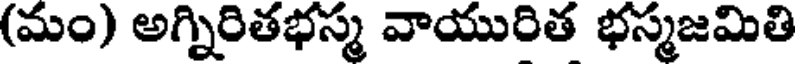
(మం) అగ్నిరితభస్మ వాయురిత భస్మజమితి